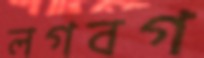
লগবগ